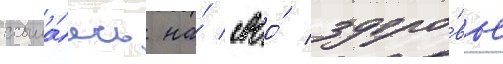
ссыла́ясь на́ своо́ здоро́вье